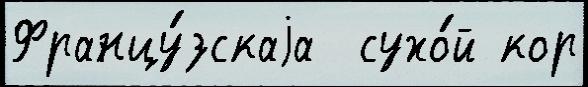
Францу́зскаjа  сухо́й кор